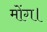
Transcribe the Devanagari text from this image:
मोंग।